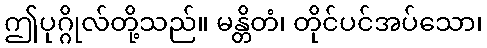
ဤပုဂ္ဂိုလ်တို့သည်။ မန္တိတံ၊ တိုင်ပင်အပ်သော၊